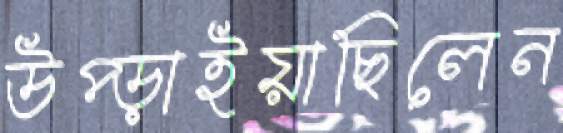
উপ্‌ড়াইয়াছিলেন